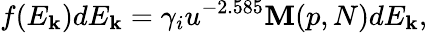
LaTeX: f(E_{\mathbf{k}})dE_{\mathbf{k}}=\gamma_{i}u^{-2.585}\mathbf{M}(p,N)dE_{\mathbf{k}},